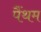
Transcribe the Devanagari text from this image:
पैंथम